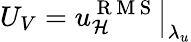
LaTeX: U_{V}=\left.u_{\mathcal{H}}^{\mathrm{~R~M~S~}}\right\vert_{\lambda_{u}}